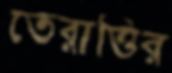
তেরাত্তির